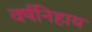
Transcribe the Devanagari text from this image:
वर्षनिहाय